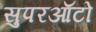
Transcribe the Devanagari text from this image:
सुपरऑटो